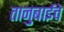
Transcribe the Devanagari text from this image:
तानुबाईचे